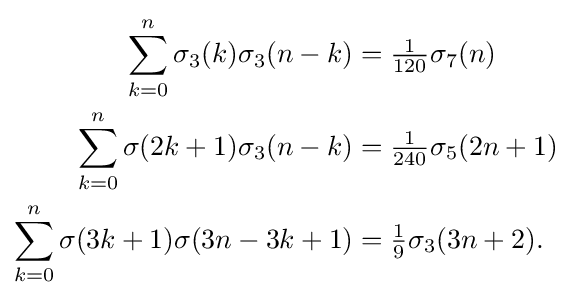
{\begin{aligned}\sum _{k=0}^{n}\sigma _{3}(k)\sigma _{3}(n-k)&={\tfrac {1}{120}}\sigma _{7}(n)\\\sum _{k=0}^{n}\sigma (2k+1)\sigma _{3}(n-k)&={\tfrac {1}{240}}\sigma _{5}(2n+1)\\\sum _{k=0}^{n}\sigma (3k+1)\sigma (3n-3k+1)&={\tfrac {1}{9}}\sigma _{3}(3n+2).\end{aligned}}